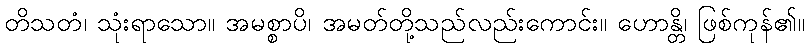
တိသတံ၊ သုံးရာသော။ အမစ္စာပိ၊ အမတ်တို့သည်လည်းကောင်း။ ဟောန္တိ၊ ဖြစ်ကုန်၏။